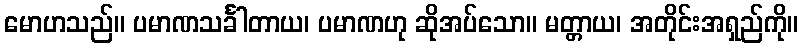
မောဟသည်။ ပမာဏသင်္ခါတာယ၊ ပမာဏဟု ဆိုအပ်သော။ မတ္တာယ၊ အတိုင်းအရှည်ကို။